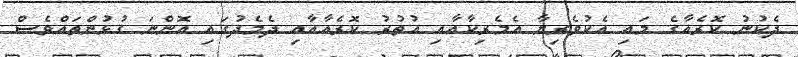
ދެކުނު ކޮރެއާގެ މައި އެކުވެރިޔާ އެމެރިކާއާއި އުތުރު ކޮރެއާއާއި ދެމެދުގައި އޮންނަ ގުޅުންތައްވެސް